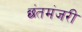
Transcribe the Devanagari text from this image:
छंतमंजरी